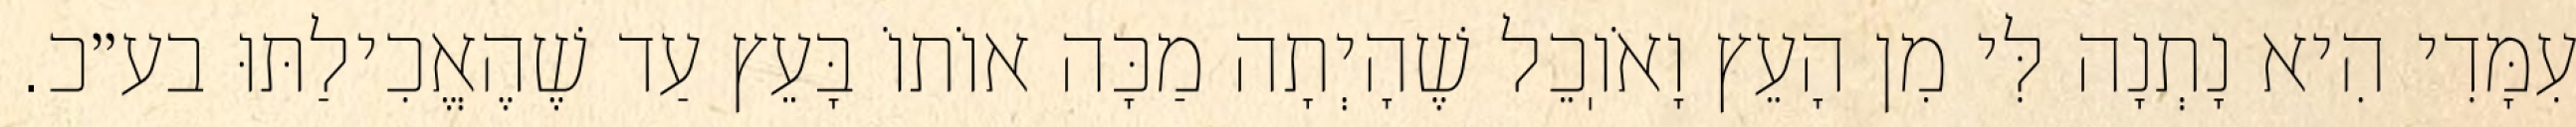
עִמָּדִי הִיא נָתְנָה לִּי מִן הָעֵץ וָאֹוֽכֵל שֶׁהָיְתָה מַכָּה אוֹתוֹ בָּעֵץ עַד שֶׁהֶאֱכִילַתּוּ בע״כ.